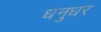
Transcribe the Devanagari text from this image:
धनुधर